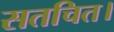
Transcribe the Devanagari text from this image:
सतचित।